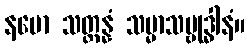
နမော သတ္တန္နံ သမ္မာသမ္ဗုဒ္ဓါနံ။